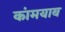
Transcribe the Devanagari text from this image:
कांमयाब